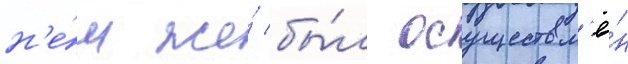
н'е́м же́ бы́л осуществл'ё́н